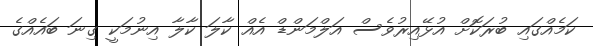
ކަމެއްގައި ބުރަކޮށް އުޅޭއިރުވެސް އަލްމަންޑް އެއް ކާލަ ކާލާ އިނުމަކީ ގިނަ ބައެއްގެ